Vaccination in the Punjab 1897-1904 - 1897-1904
Year: 1897
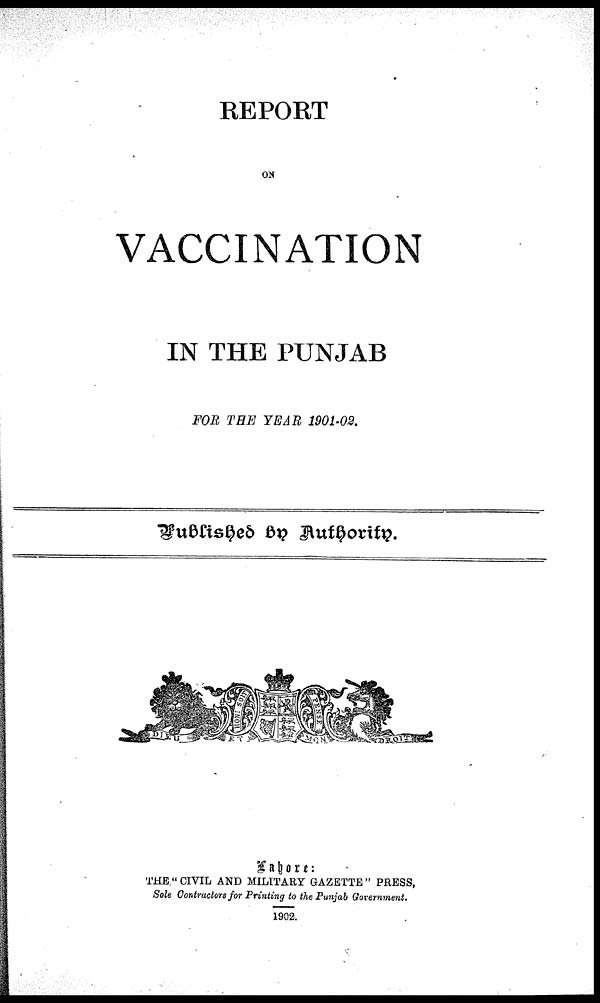
REPORT
ON
VACCINATION
IN THE PUNJAB
FOR THE YEAR 1901-02.
Published by Authority.
Lahore:
THE " CIVIL AND MILITARY GAZETTE " PRESS,
Sole Contractors for Printing to the Punjab Govenment.
1902.